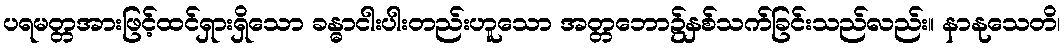
ပရမတ္တအားဖြင့်ထင်ရှားရှိသော ခန္ဓာငါးပါးတည်းဟူသော အတ္တဘော၌နှစ်သက်ခြင်းသည်လည်း။ နာနုသေတိ၊